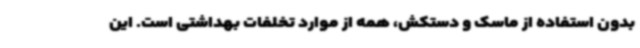
بدون استفاده از ماسک و دستکش، همه از موارد تخلفات بهداشتی است. این